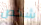
شخص